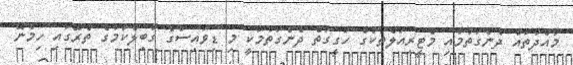
މާއްދާތައް ދެނެގަތުމާއި މެޓީރިއަލްތަކުގެ ހަގީގަތް ދެނެގަތުމަކީ މި ޑިވައިސްގެ ގާބިލްކަމުގެ ތެރޭގައި ހިމެނޭ